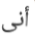
أنى